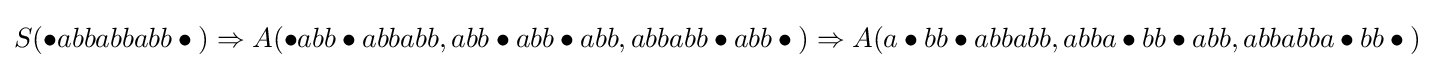
S(\bullet {}abbabbabb\bullet {})\Rightarrow A(\bullet {}abb\bullet {}abbabb,abb\bullet {}abb\bullet {}abb,abbabb\bullet {}abb\bullet {})\Rightarrow A(a\bullet {}bb\bullet {}abbabb,abba\bullet {}bb\bullet {}abb,abbabba\bullet {}bb\bullet {})